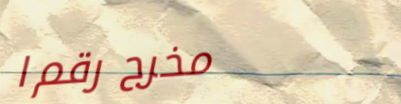
مخرج رقم ١